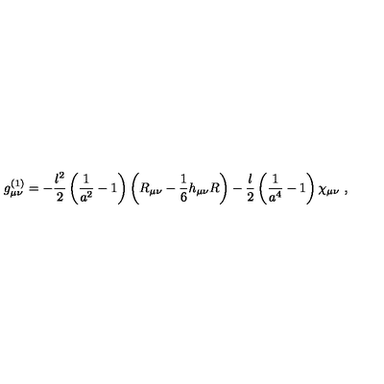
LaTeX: g _ { \mu \nu } ^ { ( 1 ) } = - { \frac { l ^ { 2 } } { 2 } } \left( { \frac { 1 } { a ^ { 2 } } } - 1 \right) \left( R _ { \mu \nu } - { \frac { 1 } { 6 } } h _ { \mu \nu } R \right) - { \frac { l } { 2 } } \left( { \frac { 1 } { a ^ { 4 } } } - 1 \right) \chi _ { \mu \nu } \ ,